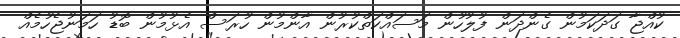
ކުއްޖާ ގަދަކަމުން ގެންދަން ފުލުހުން މަސައްކަތްކުރުން އާންމުން ހުރަސް އެޅުމުން ބޮޑު ހަމަނުޖެހުމެއް